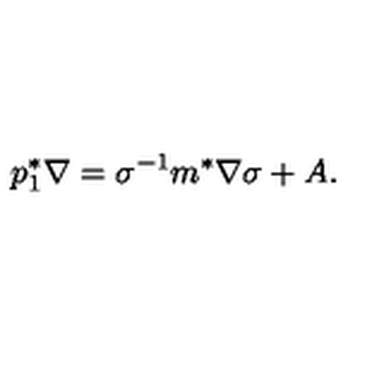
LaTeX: p _ { 1 } ^ { * } \nabla = \sigma ^ { - 1 } m ^ { * } \nabla \sigma + A .